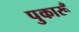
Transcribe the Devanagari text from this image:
पुकारूँ